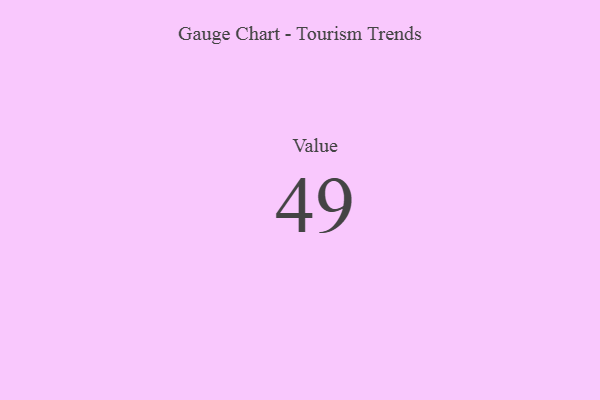
{"axis": {"x": "Metric", "y": "Value"}, "legend": [""], "data": [{"x": "Value", "y": 49, "type": ""}]}